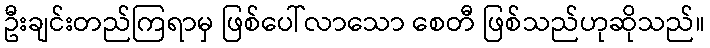
ဦးချင်းတည်ကြရာမှ ဖြစ်ပေါ်လာသော စေတီ ဖြစ်သည်ဟုဆိုသည်။